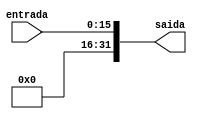
module extensor16_32 (entrada, saida);

	// input
	input [15:0] entrada;
	
	// output
	output [31:0] saida;

	assign saida = {16'b0000000000000000, entrada};
endmodule